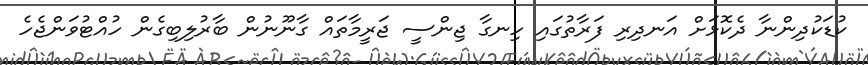
ކުޑަކުދިންނާ ދެކޮޅަށް އަނދިރި ފަރާތުގައި ހިނގާ ޖިންސީ ޖަރީމާތައް ގާނޫނުން ބާރުލިބިގެން ހުއްޓުވަންޖެހެ